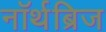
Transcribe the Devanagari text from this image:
नॉर्थब्रिज